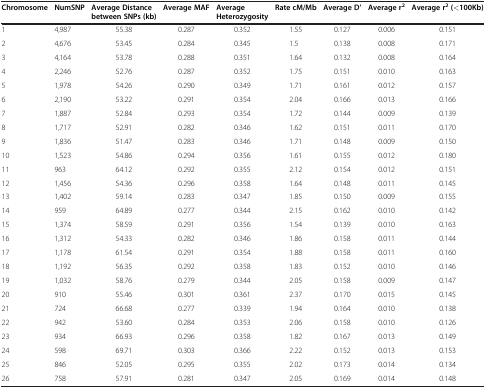
<table><thead><tr><td><b>Chromosome</b></td><td><b>NumSNP</b></td><td><b>Average Distance between SNPs (kb)</b></td><td><b>Average MAF</b></td><td><b>Average Heterozygosity</b></td><td><b>Rate cM/Mb</b></td><td><b>Average D’</b></td><td><b>Average r<sup>2</sup></b></td><td><b>Average r<sup>2</sup> (&lt;100Kb)</b></td></tr></thead><tbody><tr><td>1</td><td>4,987</td><td>55.38</td><td>0.287</td><td>0.352</td><td>1.55</td><td>0.127</td><td>0.006</td><td>0.151</td></tr><tr><td>2</td><td>4,676</td><td>53.45</td><td>0.284</td><td>0.345</td><td>1.5</td><td>0.138</td><td>0.008</td><td>0.171</td></tr><tr><td>3</td><td>4,164</td><td>53.78</td><td>0.288</td><td>0.351</td><td>1.64</td><td>0.132</td><td>0.008</td><td>0.164</td></tr><tr><td>4</td><td>2,246</td><td>52.76</td><td>0.287</td><td>0.352</td><td>1.75</td><td>0.151</td><td>0.010</td><td>0.163</td></tr><tr><td>5</td><td>1,978</td><td>54.26</td><td>0.290</td><td>0.349</td><td>1.71</td><td>0.161</td><td>0.012</td><td>0.157</td></tr><tr><td>6</td><td>2,190</td><td>53.22</td><td>0.291</td><td>0.354</td><td>2.04</td><td>0.166</td><td>0.013</td><td>0.166</td></tr><tr><td>7</td><td>1,887</td><td>52.84</td><td>0.293</td><td>0.354</td><td>1.72</td><td>0.144</td><td>0.009</td><td>0.139</td></tr><tr><td>8</td><td>1,717</td><td>52.91</td><td>0.282</td><td>0.346</td><td>1.62</td><td>0.151</td><td>0.011</td><td>0.170</td></tr><tr><td>9</td><td>1,836</td><td>51.47</td><td>0.283</td><td>0.346</td><td>1.71</td><td>0.148</td><td>0.009</td><td>0.150</td></tr><tr><td>10</td><td>1,523</td><td>54.86</td><td>0.294</td><td>0.356</td><td>1.61</td><td>0.155</td><td>0.012</td><td>0.180</td></tr><tr><td>11</td><td>963</td><td>64.12</td><td>0.292</td><td>0.355</td><td>2.12</td><td>0.154</td><td>0.012</td><td>0.151</td></tr><tr><td>12</td><td>1,456</td><td>54.36</td><td>0.296</td><td>0.358</td><td>1.64</td><td>0.148</td><td>0.011</td><td>0.145</td></tr><tr><td>13</td><td>1,402</td><td>59.14</td><td>0.283</td><td>0.347</td><td>1.85</td><td>0.150</td><td>0.009</td><td>0.155</td></tr><tr><td>14</td><td>959</td><td>64.89</td><td>0.277</td><td>0.344</td><td>2.15</td><td>0.162</td><td>0.010</td><td>0.142</td></tr><tr><td>15</td><td>1,374</td><td>58.59</td><td>0.291</td><td>0.356</td><td>1.54</td><td>0.139</td><td>0.010</td><td>0.163</td></tr><tr><td>16</td><td>1,312</td><td>54.33</td><td>0.282</td><td>0.346</td><td>1.86</td><td>0.158</td><td>0.011</td><td>0.144</td></tr><tr><td>17</td><td>1,178</td><td>61.54</td><td>0.291</td><td>0.354</td><td>1.88</td><td>0.158</td><td>0.011</td><td>0.160</td></tr><tr><td>18</td><td>1,192</td><td>56.35</td><td>0.292</td><td>0.358</td><td>1.83</td><td>0.152</td><td>0.010</td><td>0.146</td></tr><tr><td>19</td><td>1,032</td><td>58.76</td><td>0.279</td><td>0.344</td><td>2.05</td><td>0.158</td><td>0.009</td><td>0.147</td></tr><tr><td>20</td><td>910</td><td>55.46</td><td>0.301</td><td>0.361</td><td>2.37</td><td>0.170</td><td>0.015</td><td>0.145</td></tr><tr><td>21</td><td>724</td><td>66.68</td><td>0.277</td><td>0.339</td><td>1.94</td><td>0.164</td><td>0.010</td><td>0.138</td></tr><tr><td>22</td><td>942</td><td>53.60</td><td>0.284</td><td>0.353</td><td>2.06</td><td>0.158</td><td>0.010</td><td>0.126</td></tr><tr><td>23</td><td>934</td><td>66.93</td><td>0.296</td><td>0.358</td><td>1.82</td><td>0.167</td><td>0.013</td><td>0.149</td></tr><tr><td>24</td><td>598</td><td>69.71</td><td>0.303</td><td>0.366</td><td>2.22</td><td>0.152</td><td>0.013</td><td>0.153</td></tr><tr><td>25</td><td>846</td><td>52.05</td><td>0.295</td><td>0.355</td><td>2.02</td><td>0.173</td><td>0.014</td><td>0.134</td></tr><tr><td>26</td><td>758</td><td>57.91</td><td>0.281</td><td>0.347</td><td>2.05</td><td>0.169</td><td>0.014</td><td>0.148</td></tr></tbody></table>